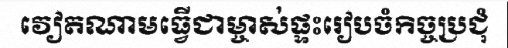
វៀតណាមធ្វើជាម្ចាស់ផ្ទះរៀបចំកិច្ចប្រជុំ